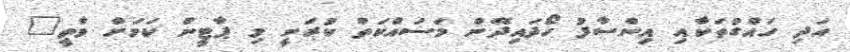
އަދި ހައްގުތަކާއި އިންސާފު ހޯދައިދޭން މަސައްކަތް ކުރަނީ މި ޕާޓީން ކަމަށް ވާތީ"